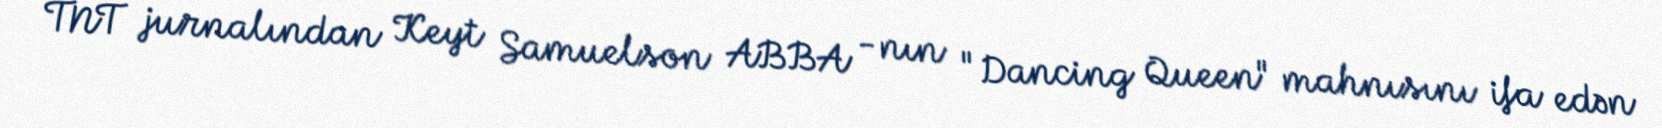
TNT jurnalından Keyt Samuelson ABBA -nın "Dancing Queen" mahnısını ifa edən